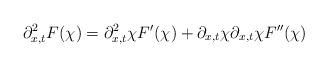
LaTeX: \begin{align*}\partial_{x,t}^2 F(\chi) = \partial_{x,t}^2 \chi F'(\chi) + \partial_{x,t} \chi\partial_{x,t} \chi F''(\chi) \end{align*}